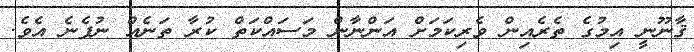
ޤާނޫނީ އިމުގެ ތެރެއިން ވެރިކަމަށް އަންނާން މަސައްކަތް ކުރާ ތަނެއް ނުފެނެ އެވެ.